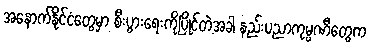
အနောက်နိုင်ငံတွေမှာ စီးပွားရေးကိုပြိုင်တဲ့အခါ နည်းပညာကုမ္ပဏီတွေက